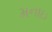
મનાઇ